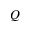
Q